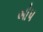
બોપ